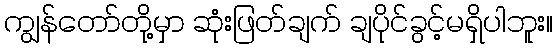
ကျွန်တော်တို့မှာ ဆုံးဖြတ်ချက် ချပိုင်ခွင့်မရှိပါဘူး။